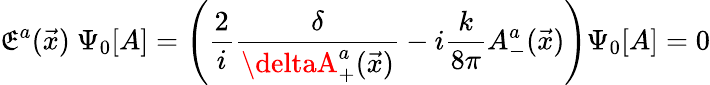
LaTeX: \mathfrak{E}^{a}(\vec{{x}})~\Psi_{0}[A]=\left(\frac{{2}}{{i}}\frac{{\delta}}{{\deltaA_{+}^{a}(\vec{{x}})}}-i\frac{{k}}{{8\pi}}A_{-}^{a}(\vec{{x}})\right)\Psi_{0}[A]=0